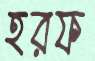
হরফ